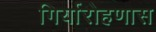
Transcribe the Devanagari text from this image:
गिर्यारोहणास